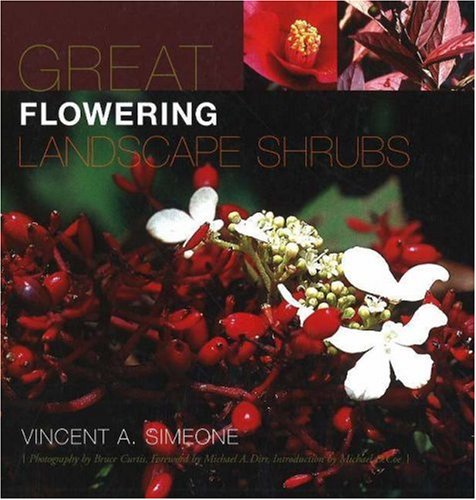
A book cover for Great Flowering Landscape Shrubs; Vincent A. Simeone; Crafts, Hobbies & Home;